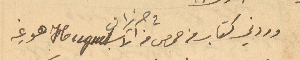
وردني كتاب من حمص في 1حزيران من الاب Huguet هوغه